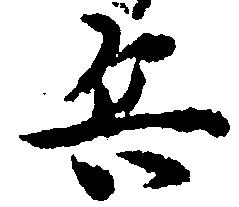
兵